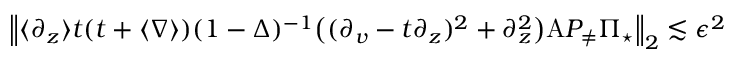
\begin{array} { r } { \left\| \langle \partial _ { z } \rangle t ( t + \langle \nabla \rangle ) ( 1 - \Delta ) ^ { - 1 } \big ( ( \partial _ { v } - t \partial _ { z } ) ^ { 2 } + \partial _ { z } ^ { 2 } \big ) \mathrm { A } P _ { \neq } \Pi _ { \star } \right\| _ { 2 } \lesssim \epsilon ^ { 2 } } \end{array}